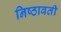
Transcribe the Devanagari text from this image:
निष्ठावती